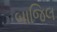
બાજિલ